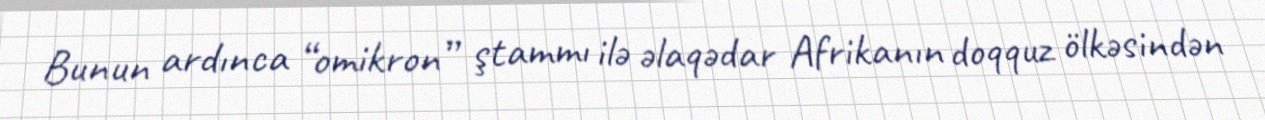
Bunun ardınca “omikron” ştammı ilə əlaqədar Afrikanın doqquz ölkəsindən